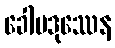
ခေါမဒုဿေန